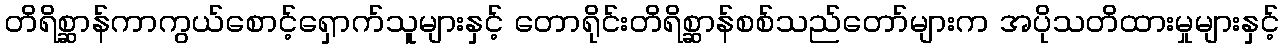
တိရိစ္ဆာန်ကာကွယ်စောင့်ရှောက်သူများနှင့် တောရိုင်းတိရိစ္ဆာန်စစ်သည်တော်များက အပိုသတိထားမှုများနှင့်